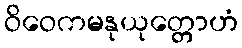
ဝိဝေကမနုယုတ္တောဟံ